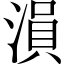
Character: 溳